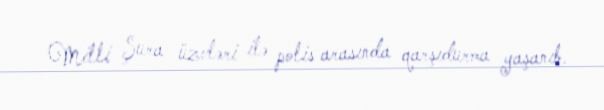
Milli Şura üzvləri ilə polis arasında qarşıdurma yaşanıb.